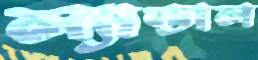
ল্যান্ডাল